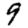
Digit: 9